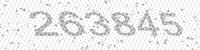
Solution: 263845